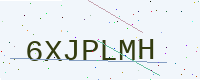
Text: 6XJPLMH